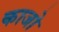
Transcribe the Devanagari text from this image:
काजो